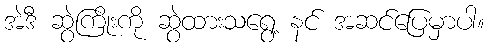
အဲဒီ ဆွဲကြိုးကို ဆွဲထားသရွေ့ နင် အဆင်ပြေမှာပါ။